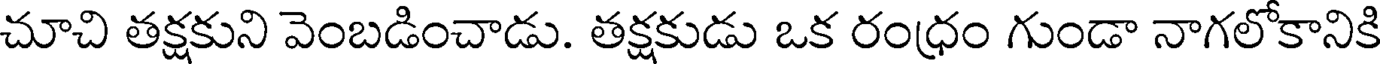
చూచి తక్షకుని వెంబడించాడు. తక్షకుడు ఒక రంధ్రం గుండా నాగలోకానికి